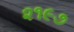
૨૧૯૭